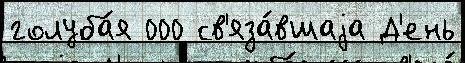
голуба́я 000 св'яза́вшаjа Д'ень